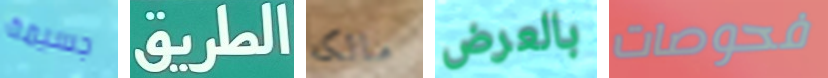
جسيمة الطريق مالكه بالعرض فحوصات